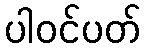
ပါဝင်ပတ်